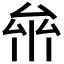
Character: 𠫸